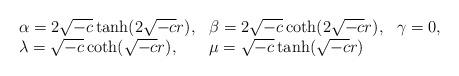
LaTeX: \begin{align*}\begin{array}{lll}\alpha=2\sqrt{-c}\tanh(2\sqrt{-c}r), & \beta=2\sqrt{-c}\coth(2\sqrt{-c}r),&\gamma=0,\\\lambda=\sqrt{-c}\coth(\sqrt{-c}r), &\mu=\sqrt{-c}\tanh(\sqrt{-c}r) & \end{array}\end{align*}